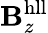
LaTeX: \mathbf{B}_{z}^{\mathrm{{hll}}}